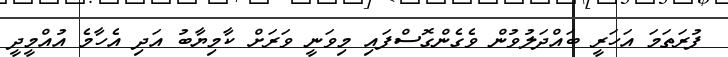
ފުރަތަމަ އަހަރީ ބައްދަލުވުން ވެގެންގޮސްފައި މިވަނީ ވަރަށް ކާމިޔާބު އަދި އެހާމެ އުއްމީދީ